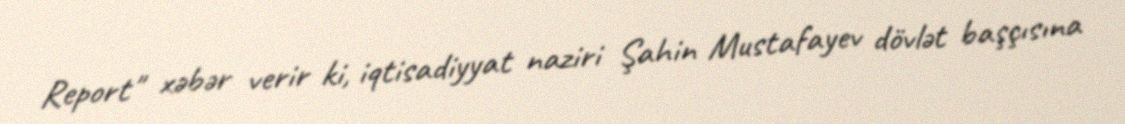
Report" xəbər verir ki, iqtisadiyyat naziri Şahin Mustafayev dövlət başçısına